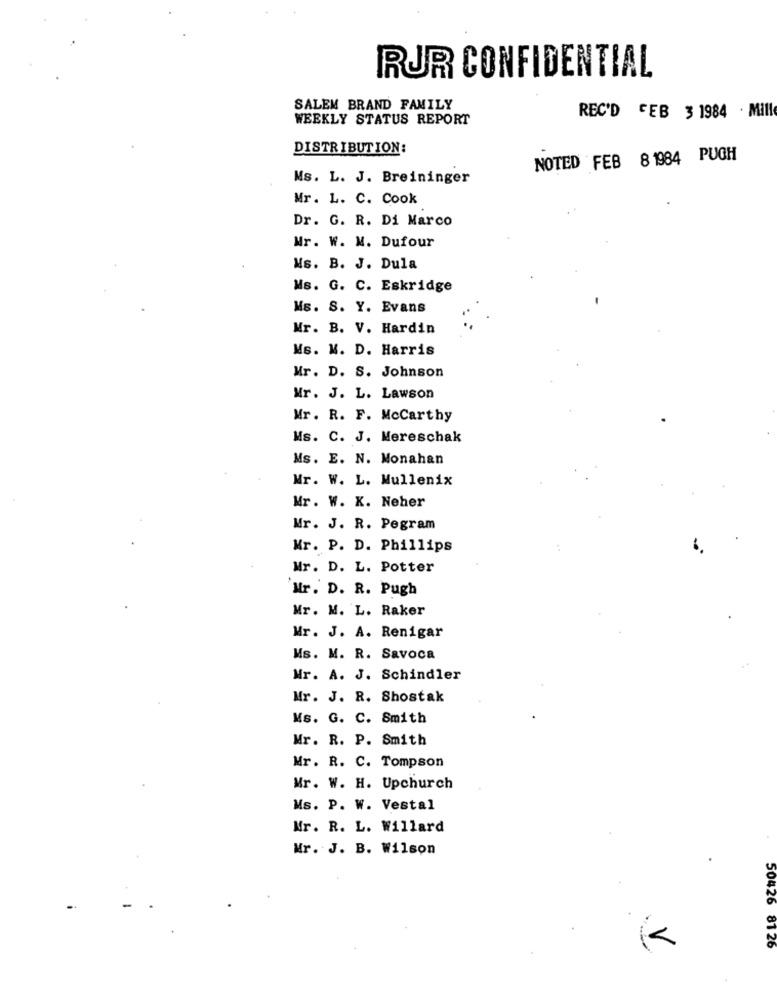
RUR CONFIDENTIAL
SALEM BRAND FAMILY
WEEKLY STATUS REPORT
REC'D GEB 3 1984 . Mill
DISTRIBUTION:
NOTED FEB 8 1984 PUGH
Ms. L. J. Breininger
Mr. L. C. Cook
Dr. G. R. Di Marco
Mr. W. M. Dufour
Ms. B. J. Dula
Ms. G. C. Eskridge
Ms. S. Y. Evans
Mr. B. V. Hardin
Ms. M. D. Harris
Mr. D. S. Johnson
Mr. J. L. Lawson
Mr. R. F. Mccarthy
Ms. C. J. Mereschak
Ms. E. N. Monahan
Mr. W. L. Mullenix
Mr. W. X. Neher
Mr. J. R. Pegram
Mr. P. D. Phillips
Mr. D. L. Potter
Mr. D. R. Pugh
Mr. M. L. Raker
Mr. J. A. Renigar
Ms. M. R. Savoca
Mr. A. J. Schindler
Mr. J. R. Shostak
Ms. G. C. Smith
Mr. R. P. Smith
Mr. R. C. Tompson
Mr. W. H. Upchurch
Ms. P. W. Vestal
Mr. R. L. Willard
Mr. J. B. Wilson
50426 8126